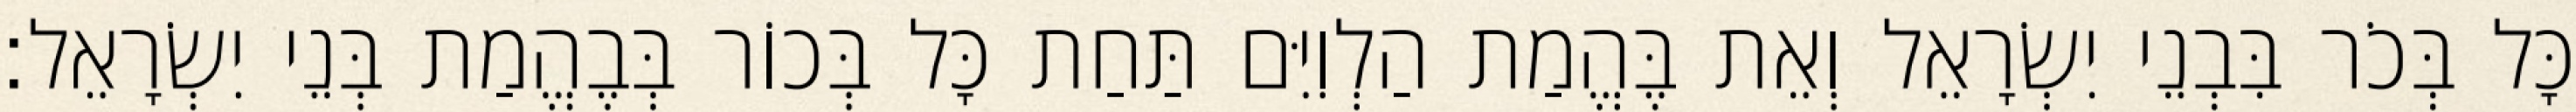
כָּל בְּכֹר בִּבְנֵי יִשְׂרָאֵל וְאֵת בֶּהֱמַת הַלְוִיִּם תַּחַת כָּל בְּכוֹר בְּבֶהֱמַת בְּנֵי יִשְׂרָאֵל׃